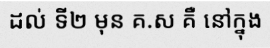
ដល់ ទី២ មុន គ.ស គឺ នៅក្នុង